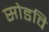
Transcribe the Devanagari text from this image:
सोडवि